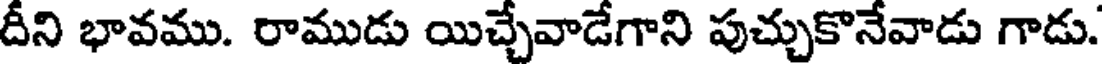
దీని భావము. రాముడు యిచ్చేవాడేగాని పుచ్చుకొనేవాడు గాడు.